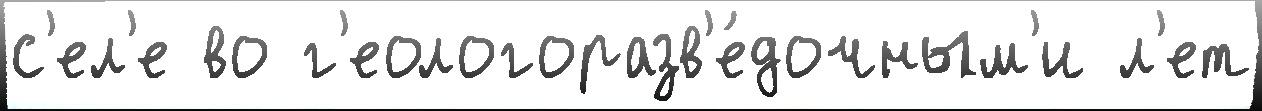
с'ел'е во г'еологоразв'е́дочным'и л'ет